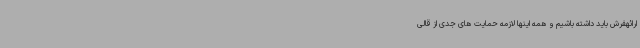
ارائهفرش باید داشته باشیم و همه اینها لازمه حمایت های جدی از قالی